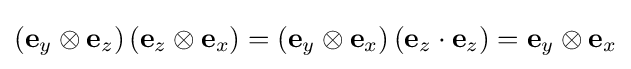
\left(\mathbf {e} _{y}\otimes \mathbf {e} _{z}\right)\left(\mathbf {e} _{z}\otimes \mathbf {e} _{x}\right)=\left(\mathbf {e} _{y}\otimes \mathbf {e} _{x}\right)\left(\mathbf {e} _{z}\cdot \mathbf {e} _{z}\right)=\mathbf {e} _{y}\otimes \mathbf {e} _{x}